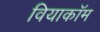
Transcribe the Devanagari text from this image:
वियाकॉम